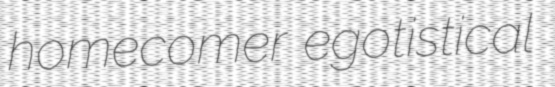
homecomer egotistical